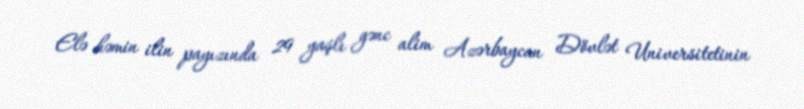
Elə həmin ilin payızında 29 yaşlı gənc alim Azərbaycan Dövlət Universitetinin